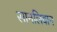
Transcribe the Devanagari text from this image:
सानलिवान